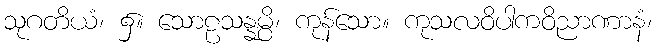
သုဂတိယံ၊ ၌။ သောဠသန္နမ္ပိ၊ ကုန်သော။ ကုသလဝိပါကဝိညာဏာနံ၊